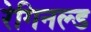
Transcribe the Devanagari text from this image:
रेगिनल्ड